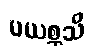
ပယစ္ဆသိ